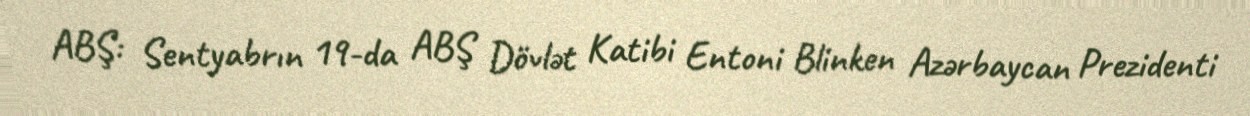
ABŞ: Sentyabrın 19-da ABŞ Dövlət Katibi Entoni Blinken Azərbaycan Prezidenti